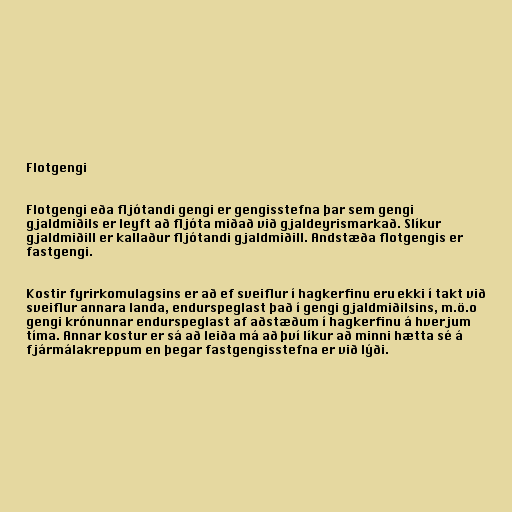
Flotgengi

Flotgengi eða fljótandi gengi er gengisstefna þar sem gengi
gjaldmiðils er leyft að fljóta miðað við gjaldeyrismarkað. Slíkur
gjaldmiðill er kallaður fljótandi gjaldmiðill. Andstæða flotgengis er
fastgengi.

Kostir fyrirkomulagsins er að ef sveiflur í hagkerfinu eru ekki í takt við
sveiflur annara landa, endurspeglast það í gengi gjaldmiðilsins, m.ö.o
gengi krónunnar endurspeglast af aðstæðum í hagkerfinu á hverjum
tíma. Annar kostur er sá að leiða má að því líkur að minni hætta sé á
fjármálakreppum en þegar fastgengisstefna er við lýði.